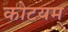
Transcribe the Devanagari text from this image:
कोटयम्